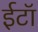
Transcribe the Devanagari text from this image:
ईटॉ